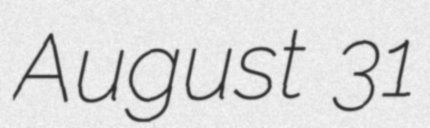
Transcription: August 31